Vaccination in Bombay 1924-1928 - 1924-1928
Year: 1924
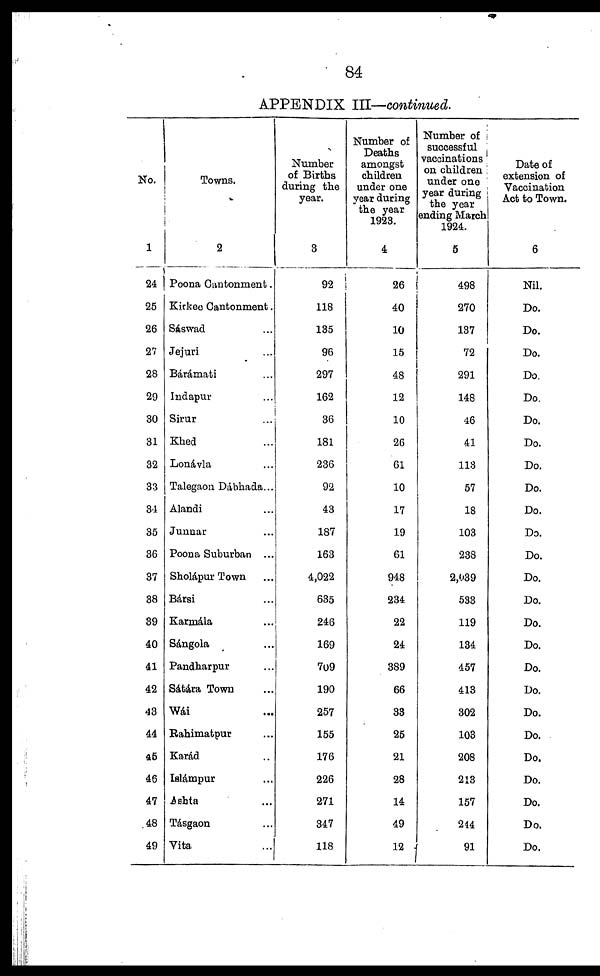
84
APPENDIX III—continued.
No.
1
24
25
26
27
28
29
30
31
32
33
34
35
36
37
38
39
40
41
42
43
44
45
46
47
48
49
Towns.
2
Poona Cantonment.
Kirkee Cantonment.
Sáswad ...
Jejuri ...
Báramati ...
Indapur ...
Sirur ...
Khed ...
Lonávla ...
Talegaon Dábhada...
Alandi ...
Junnar ...
Poona Suburban ...
Sholápur Town ...
Bársi ...
Karmála ...
Sángola ...
Pandharpur ...
Sátára Town ...
Wái ...
Rahimatpur...
Karád ...
Islámpur ...
Ashta ...
Tásgaon ...
Vita ...
Number
of Births
during the
year.
3
92
118
135
96
297
162
36
181
236
92
43
187
163
4,022
635
246
169
709
190
257
155
176
226
271
347
118
Number of
Deaths
amongst
children
under one
year during
the year
1923.
4
26
40
10
15
48
12
10
26
61
10
17
19
61
948
234
22
24
389
66
33
25
21
28
14
49
12
Number of
successful
vaccinations
on children
under one
year during
the year
ending March
1924.
5
498
270
137
72
291
148
46
41
113
57
18
103
238
2,039
533
119
134
457
413
302
103
208
213
157
214
91
Date of
extension of
Vaccination
Act to Town.
6
Nil.
Do.
Do.
Do.
Do.
Do.
Do.
Do.
Do.
Do.
Do.
Do.
Do.
Do.
Do.
Do.
Do.
Do.
Do.
Do.
Do.
Do.
Do.
Do.
Do.
Do.